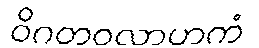
ဝိဂတဝလာဟကံ